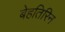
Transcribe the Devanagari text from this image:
बेहतिरिन